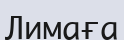
Лимаға